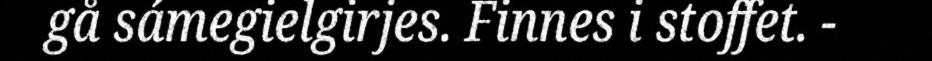
gå sámegielgirjes. Finnes i stoffet. -